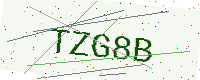
Text: TZG8B